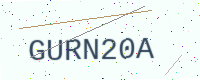
Text: GURN20A